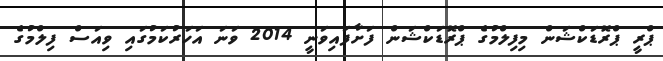
ޕްރީ ޕްރޮޑަކްޝަން މިފިލްމުގެ ޕްރޮޑަކްޝަން ފަށާފައިވަނީ 2014 ވަނަ އަހަރުކަމުގައި ވިއަސް ފިލްމުގެ